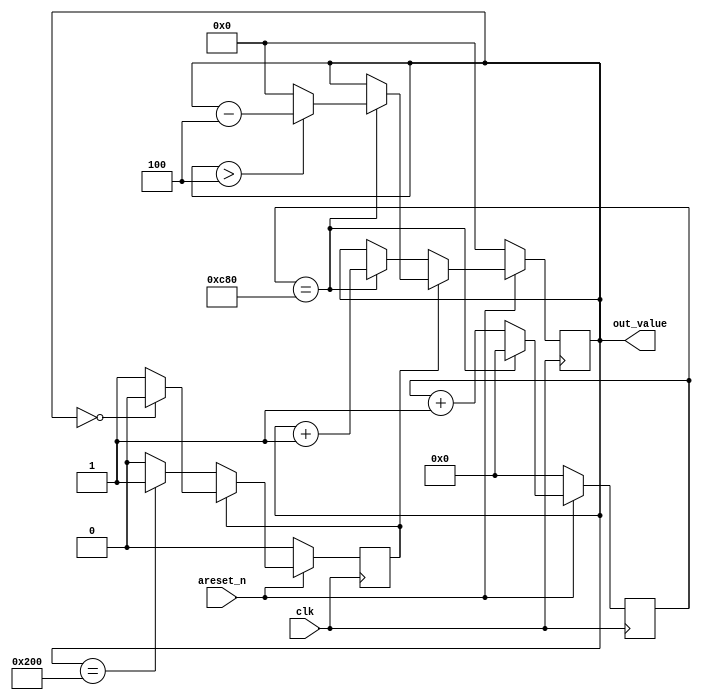
`timescale 1ns / 1ps
//////////////////////////////////////////////////////////////////////////////////
// Company:        MossbauerLab
// 
// Design Name: 
// Module Name:    messbauer_saw_tooth_generator 
// Project Name:   messbauer_test_environment
// Target Devices: 
// Tool versions:  ISE 14.7
// Description:    ALINX AX309 Board Messbauer Generator
//
// Dependencies: 
//
// Revision: 
// Revision 1.0
// Additional Comments: 
//
//////////////////////////////////////////////////////////////////////////////////
`ifndef MAX_CHANNEL_NUMBER
    `define MAX_CHANNEL_NUMBER  4096
`endif

module messbauer_saw_tooth_generator #
(
    parameter GCLK_PERIOD = 20,
    parameter DIRECT_SLOPE_DURATION = 512,         // number of messbauer channels 4 code generation during direct motion
	 parameter CHANNEL_DURATION = (16 * (`MAX_CHANNEL_NUMBER / DIRECT_SLOPE_DURATION)) * 1000 / (2 * GCLK_PERIOD),
    parameter REVERSE_SLOPE_DURATION = (15464000 / (2 * GCLK_PERIOD)) / CHANNEL_DURATION ,         // number of messbauer pseudo channels during reverse motion (channel does not actually generates) 15,464 ms
    parameter DATA_WIDTH = 12
)
(
    input wire clk,
    input wire areset_n,
    output reg [DATA_WIDTH-1:0] out_value
);
    localparam RATIO_SLOPE_DURATOIN = DIRECT_SLOPE_DURATION / REVERSE_SLOPE_DURATION;
	 reg dir;
	 reg [15:0] counter;
	 
    always @ (posedge clk)
    begin
	     if (!areset_n) 
	     begin
		      out_value <= 0;
				counter <=0;
		      dir <= 0;
	     end 
	     else
	     begin
		      counter <= counter + 1;
            if(dir == 0)
            begin
				    if (counter == CHANNEL_DURATION)
					 begin  
                    out_value <= out_value + 1;
						  counter <= 0;
					 end
                if(out_value == DIRECT_SLOPE_DURATION)
                    dir <= 1;
            end
            else
            begin
				    if (counter == CHANNEL_DURATION)
					 begin
                    out_value <= out_value > RATIO_SLOPE_DURATOIN ? out_value - RATIO_SLOPE_DURATOIN : 0;
						  counter <= 0;
					 end
                if(out_value == 0)
                    dir <= 0;
            end
		  end
    end

endmodule